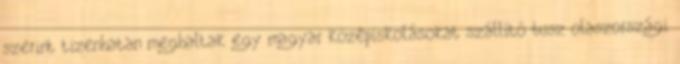
szerint tizenhatan meghaltak egy magyar középiskolásokat szállító busz olaszországi